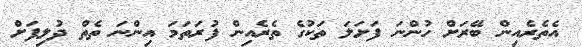
އެތެރެއިން ބޭރަށް ހުންނަ ފަށަލަ ތަކުގެ ތެރެއިން ފުރަތަމަ އިންނަ ތެތް ދުލިފަށް